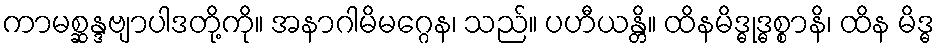
ကာမစ္ဆန္ဒဗျာပါဒတို့ကို။ အနာဂါမိမဂ္ဂေန၊ သည်။ ပဟီယန္တိ။ ထိနမိဒ္ဓုဒ္ဓစ္စာနိ၊ ထိန မိဒ္ဓ